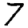
Digit: 7